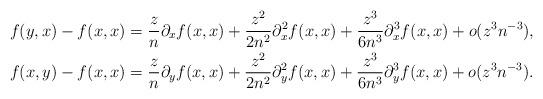
LaTeX: \begin{align*}f(y,x)-f(x,x)&= \frac{z}{n}\partial_x f(x,x) + \frac{z^2}{2n^2}\partial_x^2 f(x,x) + \frac{z^3}{6n^{3}}\partial_x^3 f(x,x) + o(z^3n^{-3}),\\f(x,y)-f(x,x)&= \frac{z}{n}\partial_y f(x,x) +\frac{z^2}{2n^2}\partial_y^2 f(x,x) + \frac{z^3}{6n^{3}}\partial_y^3 f(x,x) + o(z^3n^{-3}).\end{align*}